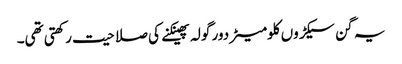
یہ گن سیکڑوں کلومیٹر دور گولہ پھینکنے کی صلاحیت رکھتی تھی۔